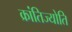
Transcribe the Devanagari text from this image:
क्रांतिज्योति